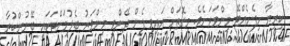
ކިރިޔާ ހިފެހެއްޓޭ މިންވަރަށެވެ. މިގޮތަށް އައިވީ ފެން ދޭންވީ މިންވަރު ބެލުމަށްޓަކައި ބޭނުންކުރާ